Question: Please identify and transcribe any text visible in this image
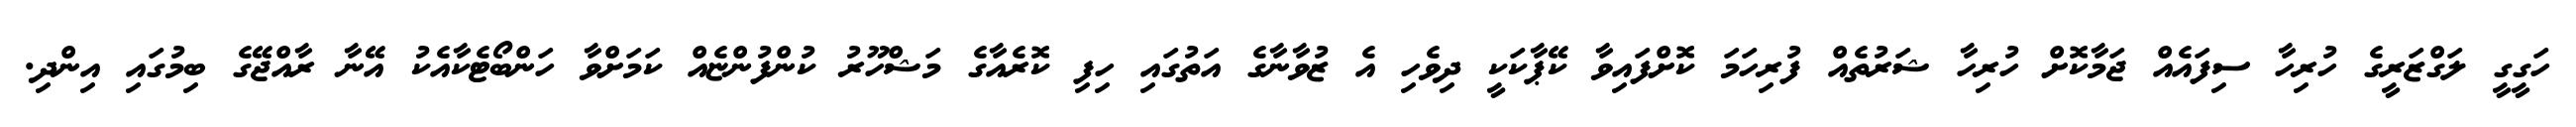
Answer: ހަގީގީ ލަގްޒަރީގެ ހުރިހާ ސިފައެއް ޖަމާކޮށް ހުރިހާ ޝަރުތެއް ފުރިހަމަ ކޮށްފައިވާ ކޭޕާކަކީ ދިވެހި އެ ޒުވާނާގެ އަތުގައި ހިފި ކޮރެއާގެ މަޝްހޫރު ކުންފުންޏެއް ކަމަށްވާ ހަންބޯޓެކާއެކު އޭނާ ރާއްޖޭގެ ބިމުގައި އިންދި.